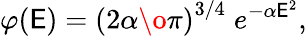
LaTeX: \varphi(\mathsf{E})=\left({{2\alpha}\o{\pi}}\right)^{3/4}\; e^{-\alpha\mathsf{E}^{2}},